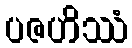
ပဇဟိဿံ